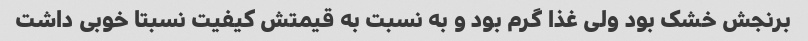
برنجش خشک بود ولی غذا گرم بود و به نسبت به قیمتش کیفیت نسبتا خوبی داشت